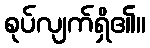
စုပ်လျက်ရှိ၏။